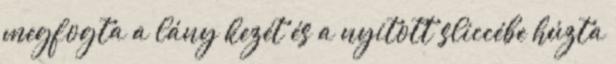
megfogta a lány kezét és a nyitott sliccébe húzta